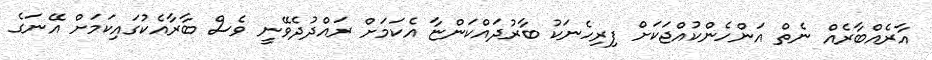
އާރެއްބާރެއް ނެތް އަންހެންކުއްޖަކަށް ފިރިހެނަކު ބާރުދައްކަންޏާ އެކަމަށް ރައްދުދެވޭނީ ވެސް ބާރާއެކުގައިކަމަށް އޭނަގެ